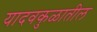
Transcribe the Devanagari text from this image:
यादवकुळातील